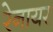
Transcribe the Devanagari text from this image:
रेनायर